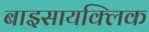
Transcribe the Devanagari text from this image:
बाइसायक्लिक